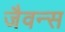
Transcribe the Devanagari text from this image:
जैवन्स